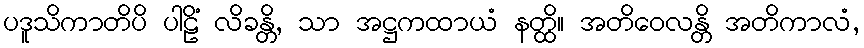
ပဒူသိကာတိပိ ပါဠိံ လိခန္တိ, သာ အဋ္ဌကထာယံ နတ္ထိ။ အတိဝေလန္တိ အတိကာလံ,